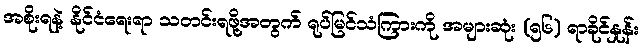
အစိုးရနဲ့ နိုင်ငံရေးရာ သတင်းရဖို့အတွက် ရုပ်မြင်သံကြားကို အများဆုံး (၅၆) ရာခိုင်နှုန်း